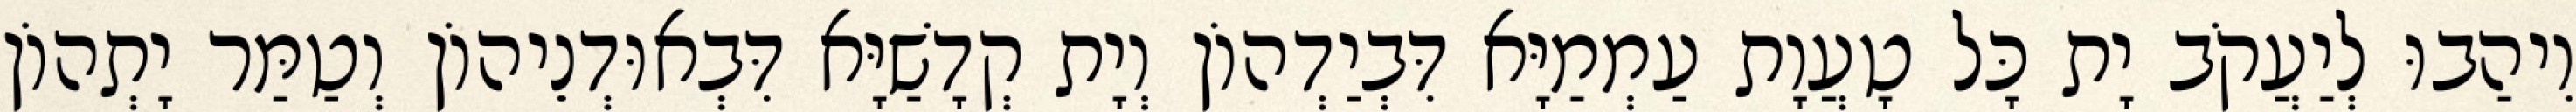
וִיהַבוּ לְיַעֲקֹב יָת כָּל טָעֲוָת עַמְמַיָּא דִּבְיַדְהוֹן וְיָת קְדָשַׁיָּא דִּבְאוּדְנֵיהוֹן וְטַמַּר יָתְהוֹן